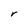
Character: r